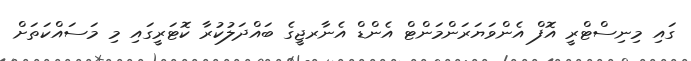
ގައި މިނިސްޓްރީ އޮފް އެންވަޔަރަންމަންޓް އެންޑް އެނާރޖީގެ ބައްދަލުކުރާ ކޮޓަރީގައި މި މަސައްކަތަށް